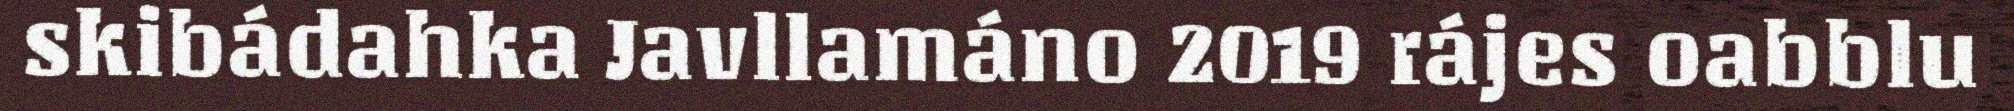
skibádahka Javllamáno 2019 rájes oabblu